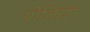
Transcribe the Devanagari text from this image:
पोज़िट्रॉन